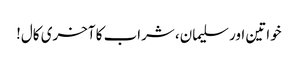
خواتین اور سلیمان، شراب کا آخری کال!